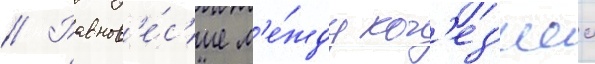
// Равнов'е́с'ие м'е́жду ког'ез'иеи